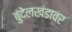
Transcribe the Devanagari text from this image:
बुंदेलखंडावर